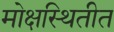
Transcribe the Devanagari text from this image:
मोक्षस्थितीत